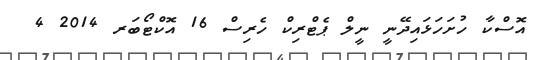
އޮސްކާ ހުށަހަޅައިދޭނީ ނީލް ޕެޓްރިކް ހެރިސް 16 އޮކްޓޯބަރ 2014 4